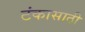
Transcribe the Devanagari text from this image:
टंकासाठी